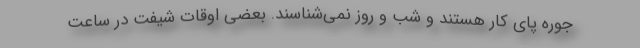
جوره پای کار هستند و شب و روز نمی‌شناسند. بعضی اوقات شیفت در ساعت